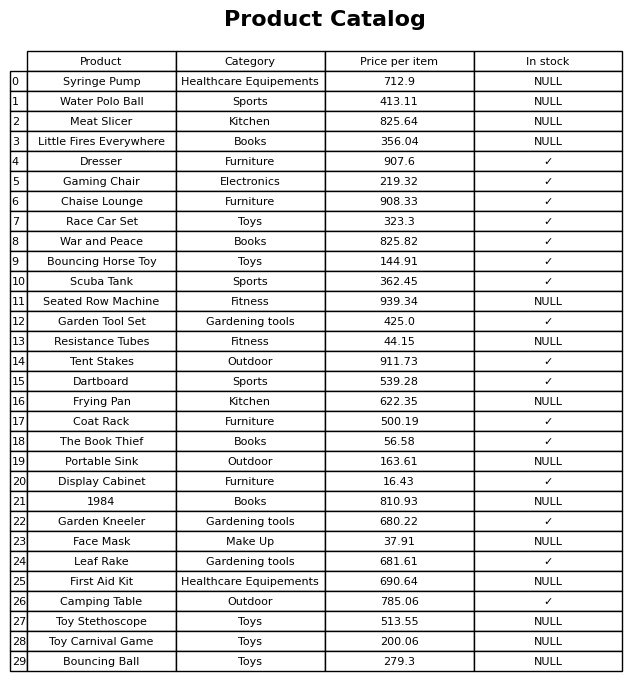
question: What is the price for Tent Stakes?
answer: The price of Tent Stakes is 911.73.